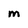
Character: M